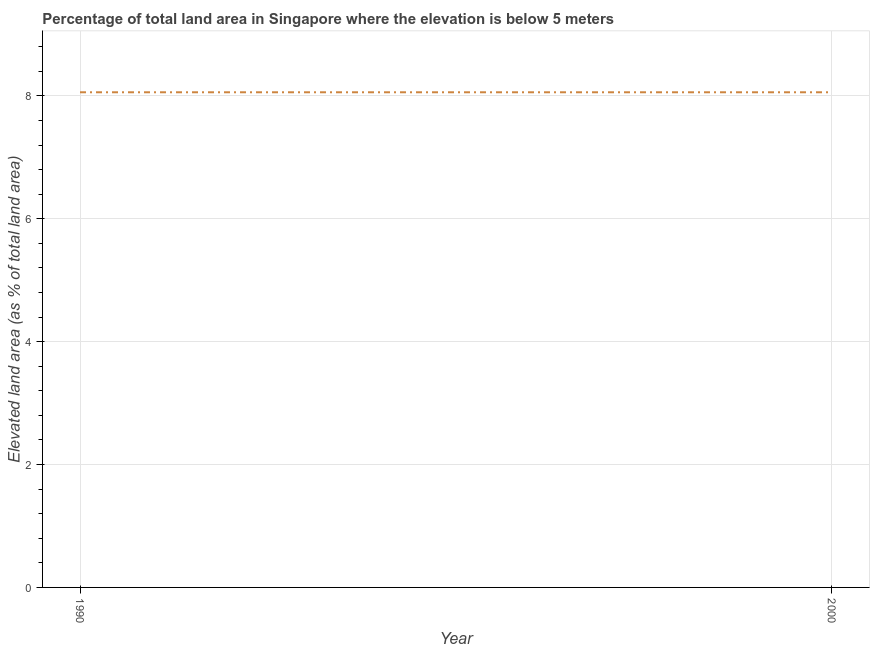
| Year | Land area |
 | --- | --- |
 | 1990 | 8.06 |
 | 2000 | 8.06 |